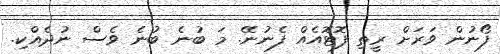
ފޯނުން ވަރަށް ރީތި ފޮޓޮއެއް ފެނުނޭ. މަ ބުނެ ބުނެ ވެސް ނުދެއްކި.